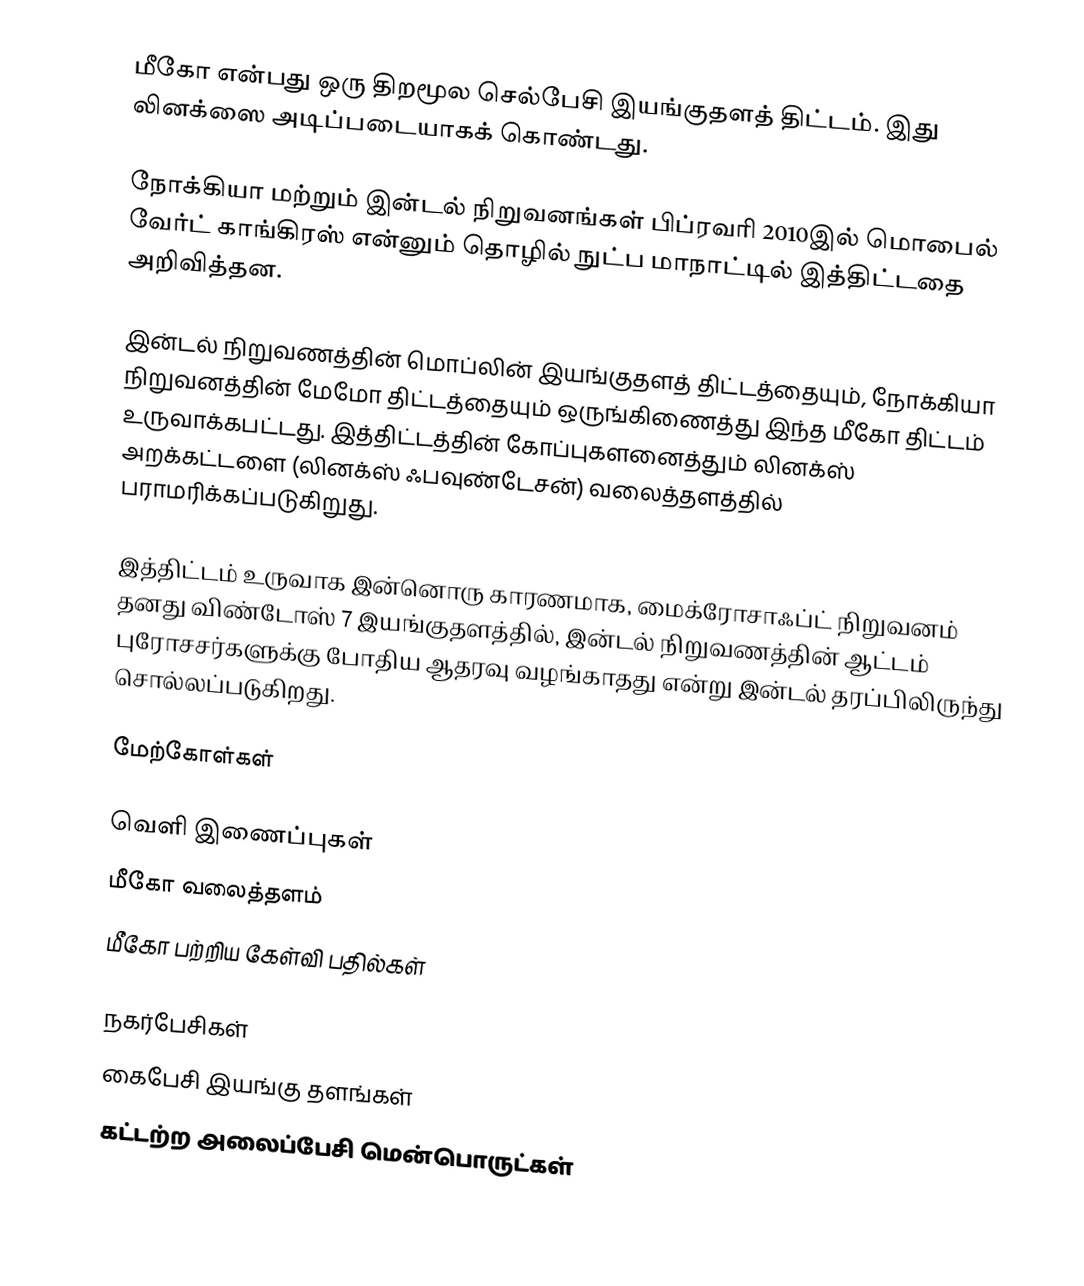
மீகோ என்பது  ஒரு திறமூல செல்பேசி இயங்குதளத் திட்டம். இது லினக்ஸை அடிப்படையாகக் கொண்டது.

நோக்கியா மற்றும் இன்டல் நிறுவனங்கள் பிப்ரவரி 2010இல் மொபைல் வேர்ட் காங்கிரஸ் என்னும் தொழில் நுட்ப மாநாட்டில் இத்திட்டதை அறிவித்தன.

இன்டல் நிறுவணத்தின் மொப்லின் இயங்குதளத் திட்டத்தையும், நோக்கியா நிறுவனத்தின் மேமோ திட்டத்தையும் ஒருங்கிணைத்து இந்த மீகோ திட்டம் உருவாக்கபட்டது.  இத்திட்டத்தின் கோப்புகளனைத்தும் லினக்ஸ் அறக்கட்டளை (லினக்ஸ் ஃபவுண்டேசன்) வலைத்தளத்தில் பராமரிக்கப்படுகிறுது.

இத்திட்டம் உருவாக இன்னொரு காரணமாக, மைக்ரோசாஃப்ட் நிறுவனம் தனது விண்டோஸ் 7 இயங்குதளத்தில், இன்டல் நிறுவணத்தின் ஆட்டம் புரோசசர்களுக்கு போதிய ஆதரவு வழங்காதது என்று இன்டல் தரப்பிலிருந்து சொல்லப்படுகிறது.

மேற்கோள்கள்

வெளி இணைப்புகள்
 மீகோ வலைத்தளம்
 மீகோ பற்றிய கேள்வி பதில்கள்

நகர்பேசிகள்
கைபேசி இயங்கு தளங்கள்
கட்டற்ற அலைப்பேசி மென்பொருட்கள்